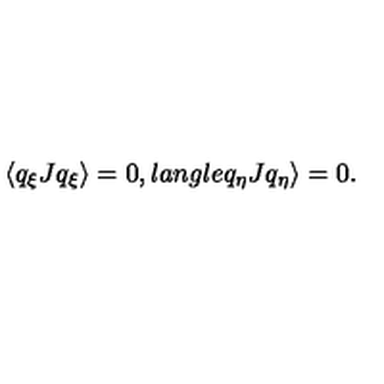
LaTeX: \langle q _ { \xi } J q _ { \xi } \rangle = 0 , l a n g l e q _ { \eta } J q _ { \eta } \rangle = 0 .